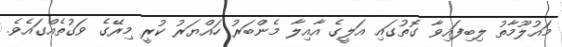
މައުލޫމާތު ލިބިފައިވާ ގޮތުގައި އަލީގެ އާއިލާ މެންބަރު ހައްޔަރު ކުރީ މިރޭގެ ވަގުތެއްގައެވެ.